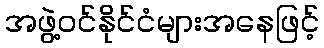
အဖွဲ့ဝင်နိုင်ငံများအနေဖြင့်